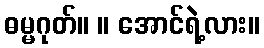
ဓမ္မဂုတ်။ ။ အောင်ရဲ့လား။